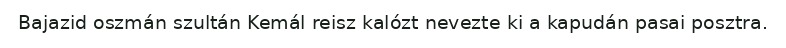
Bajazid oszmán szultán Kemál reisz kalózt ne­vezte ki a kapudán pa­sai posztra.